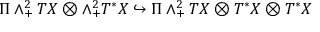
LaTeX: \Pi \wedge _ { + } ^ { 2 } T X \otimes \wedge _ { + } ^ { 2 } T ^ { * } X \hookrightarrow \Pi \wedge _ { + } ^ { 2 } T X \otimes T ^ { * } X \otimes T ^ { * } X